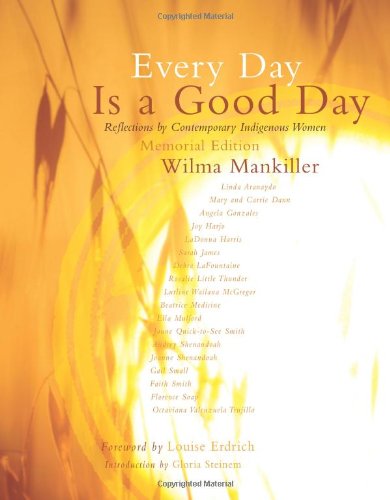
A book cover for Every Day is a Good Day: Reflections by Contemporary Indigenous Women; Biographies & Memoirs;